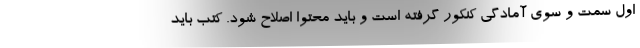
اول سمت و سوی آمادگی کنکور گرفته است و باید محتوا اصلاح شود. کتب باید